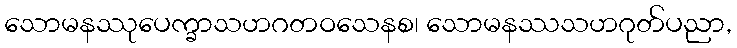
သောမနဿုပေက္ခာသဟဂတဝသေနစ၊ သောမနဿသဟဂုတ်ပညာ,